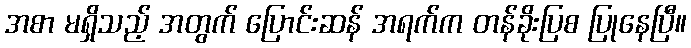
အစာ မရှိသည့် အတွက် ပြောင်းဆန် အရက်က တန်ခိုးပြစ ပြုနေပြီ။